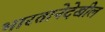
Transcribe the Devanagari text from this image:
भारतानेदेखील